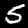
Label: 5